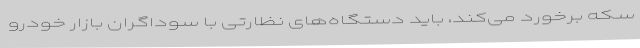
سکه برخورد می‌کند، باید دستگاه‌های نظارتی با سوداگران بازار خودرو